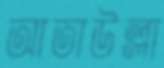
আতাউল্লা